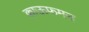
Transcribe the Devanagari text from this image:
काऊफमन